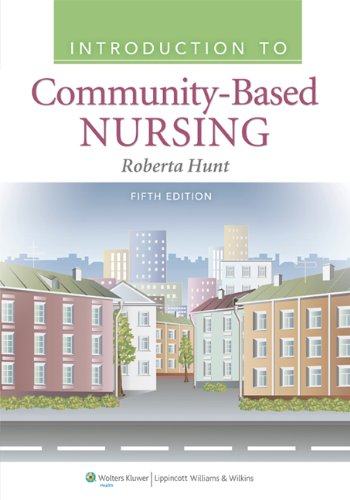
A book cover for Introduction to Community-Based Nursing; Roberta Hunt; Medical Books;